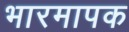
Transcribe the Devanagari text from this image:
भारमापक